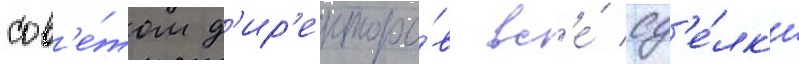
сов'е́том д'ир'екторо́в вс'е́ сд'е́лк'и